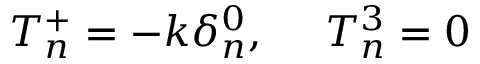
T _ { n } ^ { + } = - k \delta _ { n } ^ { 0 } , \ \ \ \ T _ { n } ^ { 3 } = 0